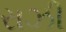
રાઝી